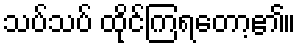
သပ်သပ် ထိုင်ကြရတော့၏။